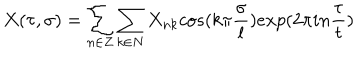
X ( \tau , \sigma ) = \sum _ { n \in Z } \sum _ { k \in N } X _ { n k } c o s ( k \pi \frac { \sigma } { l } ) e x p ( 2 \pi i n \frac { \tau } { t } )